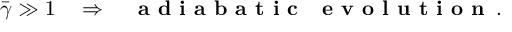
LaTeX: \bar { \gamma } \gg 1 \quad \Rightarrow \quad \mathrm { \textbf { a d i a b a t i c ~ e v o l u t i o n } } \, .